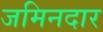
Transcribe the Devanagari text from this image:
जमिनदार